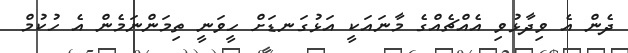
ދެން އެ ވިދާޅުވި އެއްޗެއްގެ މާނައަކީ އަޅުގަނޑަށް ހީވަނީ ތިމަންނަމެން އެ ހުކުމް